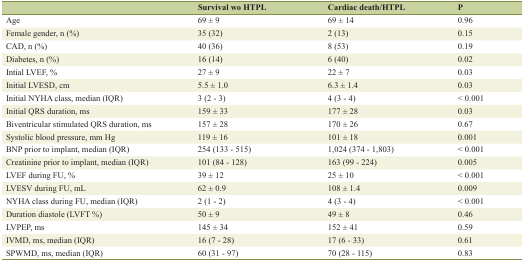
<table><thead><tr><td></td><td><b>Survival wo HTPL</b></td><td><b>Cardiac death/HTPL</b></td><td><b>P</b></td></tr></thead><tbody><tr><td>Age</td><td>69 ± 9</td><td>69 ± 14</td><td>0.96</td></tr><tr><td>Female gender, n (%)</td><td>35 (32)</td><td>2 (13)</td><td>0.15</td></tr><tr><td>CAD, n (%)</td><td>40 (36)</td><td>8 (53)</td><td>0.19</td></tr><tr><td>Diabetes, n (%)</td><td>16 (14)</td><td>6 (40)</td><td>0.02</td></tr><tr><td>Intial LVEF, %</td><td>27 ± 9</td><td>22 ± 7</td><td>0.03</td></tr><tr><td>Initial LVESD, cm</td><td>5.5 ± 1.0</td><td>6.3 ± 1.4</td><td>0.03</td></tr><tr><td>Initial NYHA class, median (IQR)</td><td>3 (2 - 3)</td><td>4 (3 - 4)</td><td>&lt; 0.001</td></tr><tr><td>Initial QRS duration, ms</td><td>159 ± 33</td><td>177 ± 28</td><td>0.03</td></tr><tr><td>Biventricular stimulated QRS duration, ms</td><td>157 ± 28</td><td>170 ± 26</td><td>0.67</td></tr><tr><td>Systolic blood pressure, mm Hg</td><td>119 ± 16</td><td>101 ± 18</td><td>0.001</td></tr><tr><td>BNP prior to implant, median (IQR)</td><td>254 (133 - 515)</td><td>1,024 (374 - 1,803)</td><td>&lt; 0.001</td></tr><tr><td>Creatinine prior to implant, median (IQR)</td><td>101 (84 - 128)</td><td>163 (99 - 224)</td><td>0.005</td></tr><tr><td>LVEF during FU, %</td><td>39 ± 12</td><td>25 ± 10</td><td>&lt; 0.001</td></tr><tr><td>LVESV during FU, mL</td><td>62 ± 0.9</td><td>108 ± 1.4</td><td>0.009</td></tr><tr><td>NYHA class during FU, median (IQR)</td><td>2 (1 - 2)</td><td>4 (3 - 4)</td><td>&lt; 0.001</td></tr><tr><td>Duration diastole (LVFT %)</td><td>50 ± 9</td><td>49 ± 8</td><td>0.46</td></tr><tr><td>LVPEP, ms</td><td>145 ± 34</td><td>152 ± 41</td><td>0.59</td></tr><tr><td>IVMD, ms, median (IQR)</td><td>16 (7 - 28)</td><td>17 (6 - 33)</td><td>0.61</td></tr><tr><td>SPWMD, ms, median (IQR)</td><td>60 (31 - 97)</td><td>70 (28 - 115)</td><td>0.83</td></tr></tbody></table>